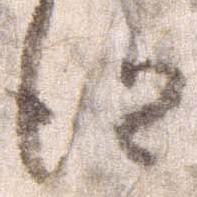
得